Report on sanitation, dispensaries, and jails in Rajputana for 1914, and on vaccination for the year 1914-1915 - 1914-1915
Year: 1914
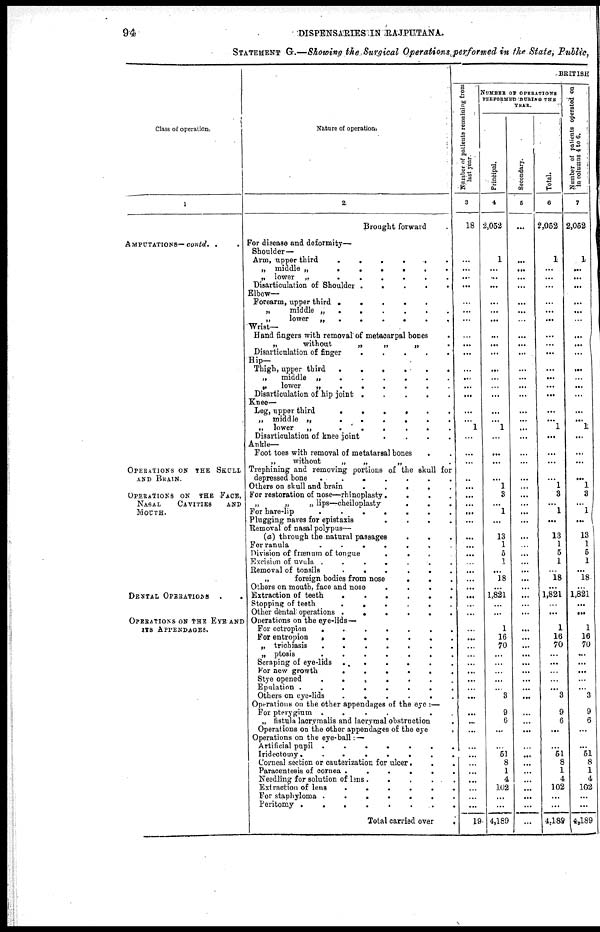
94
DISPENSARIES IN RAJPUTANA.
STATEMENT G.—Showing the Surgical Operations performed in the State, Public,
Class of operation.
1
AMPUTATIONS— contd.
. .
OPERATIONS ON THE SKULL
AND BRAIN.
OPERATIONS ON THE FACE,
NASAL
CAVITIES
AND
MOUTH.
DENTAL OPERATIONS
OPERATIONS ON THE EYE AND
ITS APPENDAGES.
Nature of operations
2
Brought forward
For disease and deformity—
Shoulder —
Arm, upper third
.
.
.
.
.
.
„ middle „
.
.
.
.
.
.
„ lower „
.
.
.
.
.
.
Disarticulation of Shoulder .
.
.
.
.
Elbow—
Forearm, upper third .
.
.
.
.
„
middle „ .
.
.
.
.
.
„
lower
„
.
.
.
.
.
.
Wrist—
Hand fingers with removal of metaoarpal bones .
„
without
„
„
„ .
Disartieulation of
finger
.
.
.
.
.
Hip—
Thigh, upper third
.
.
.
.
.
.
„
middle „
.
.
.
.
.
.
„
lower
„
.
.
.
.
.
.
Disarticulation of hip joint .
.
.
.
.
Knee—
Leg, upper third
.
.
.
.
.
.
„ middle „
.
.
.
.
.
.
„ lower
„
.
. . . . .
Disartionlation of knee joint
.
.
.
.
Ankle—
Foot toes with removal of metatarsal bones . .
„
without
„
„
„ .
Trephining and removing portions of the skull for
depressed bone
.
.
.
.
.
.
.
Others on skull and brain
.
.
.
.
.
For restoration of nose—rhinoplasty .
.
.
.
„
„
„ lips—cheiloplasty
.
.
.
For hare-lip
.
.
.
.
.
.
.
Plugging nares for epistaxis
.
.
.
.
Removal of nasal polypus—
(a) through the natural passages . . .
For ranula
.
.
.
.
.
.
Division of frœnum of tongue
.
. . .
Excision of uvula .
.
.
.
.
.
.
Removal of tonsils
.
.
.
.
.
.
„
foreign bodies from nose
.
. .
Others on mouth, face and nose
.
.
.
.
Extraction of teeth
.
.
.
.
.
.
Stopping of teeth
.
.
.
.
.
.
Other dental operations .
.
.
.
.
.
Operations on the eye-lids —
For ectropion
.
.
.
.
.
.
.
For entropion
.
.
.
.
.
.
.
„ trichiasis
.
.
.
.
.
.
.
„ ptosis
.
.
.
.
.
.
.
Scraping of eye-lids . .
.
.
. .
For new growth
.
.
.
.
.
.
Stye opened
.
.
.
.
.
.
.
Epulation .
.
.
.
.
.
.
.
Others on eye-lids
.
.
.
.
.
.
Operations on the other appendages of the eye :—
For pterygium .
.
.
.
.
.
„ fistula lacorymalis and lacrymal obstruction .
Operations on the other appendages of the eye .
Operations on the eye-ball : —
Artificial pupil .
.
.
.
.
.
.
Iridectomy.
.
.
.
.
.
.
.
Corneal section or cauterization for ulcer . . .
Paracentesis of cornea .
.
.
.
.
.
Needling for solution of lens. .
.
.
.
Extraction of lens
.
.
.
.
.
.
For staphyloma .
.
.
.
.
.
.
Peritomy .
.
.
.
.
.
.
.
Total carried over
.
BRITISH
Number of patients remaining from
last year
3
18
...
...
...
...
...
...
...
...
...
...
...
...
...
...
...
... 1
...
...
...
..
...
...
...
...
...
...
...
...
...
...
...
...
...
...
...
...
...
...
...
...
...
...
...
... ...
...
...
...
...
...
...
...
...
...
...
...
19
NUMBER OF OPERATIONS
PERFORMED DURING THE
YEAR.
Principal.
4
2,052
1
...
...
...
...
...
...
...
...
...
...
...
...
...
...
... 1
...
...
...
...
1
3
...
1
...
13
1
5
1
...
18
...
1,821
...
...
...
1
16
70
...
...
...
...
... 3
9
6
...
...
51
8
1
4
102
...
...
4,189
Secondary.
5
...
...
...
...
...
...
...
...
...
...
...
...
...
...
...
...
...
...
...
...
...
...
...
...
...
...
...
...
...
...
...
...
...
...
...
...
...
...
...
...
...
...
...
...
...
...
...
...
...
...
...
...
...
...
...
...
...
...
...
Total.
6
2,052
1
...
...
...
...
...
...
...
...
...
...
...
...
...
...
... 1
...
...
...
...
1
3
...
1
...
13
1
5
1
... 18
...
1,821
...
...
...
1
16
70
...
...
...
...
... 3
9
6
...
...
51
8
1
4
102
...
...
4,189
Number of patients operated on
In columns 4 to 6.
7
2,052
1
...
...
...
...
...
...
...
...
...
...
...
...
...
...
... 1
...
...
...
...
1
3
...
1
...
13
1
5
1
...
18
...
1,821
...
...
...
1
16
70
...
...
...
...
... 3
9
6
...
...
51
8
1
4
102
...
...
4,189